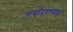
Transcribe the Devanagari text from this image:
चर्चांदरम्यान